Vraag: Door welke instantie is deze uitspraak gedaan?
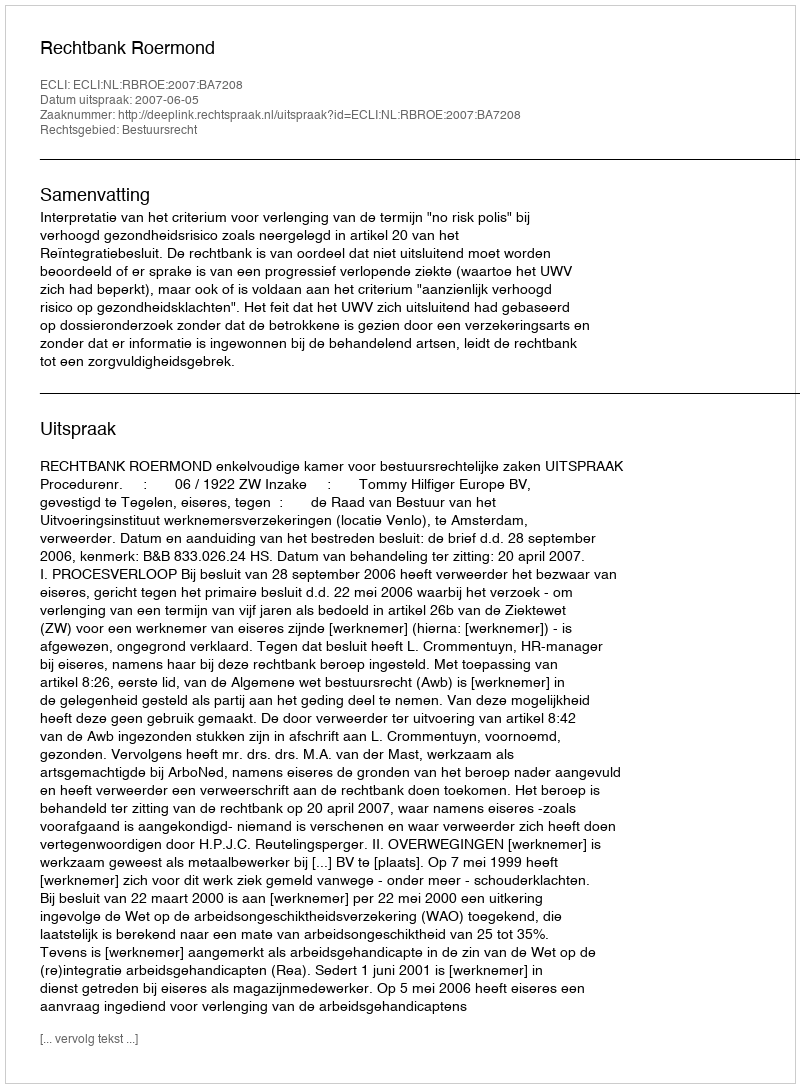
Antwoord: Rechtbank Roermond